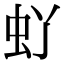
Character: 𫊦